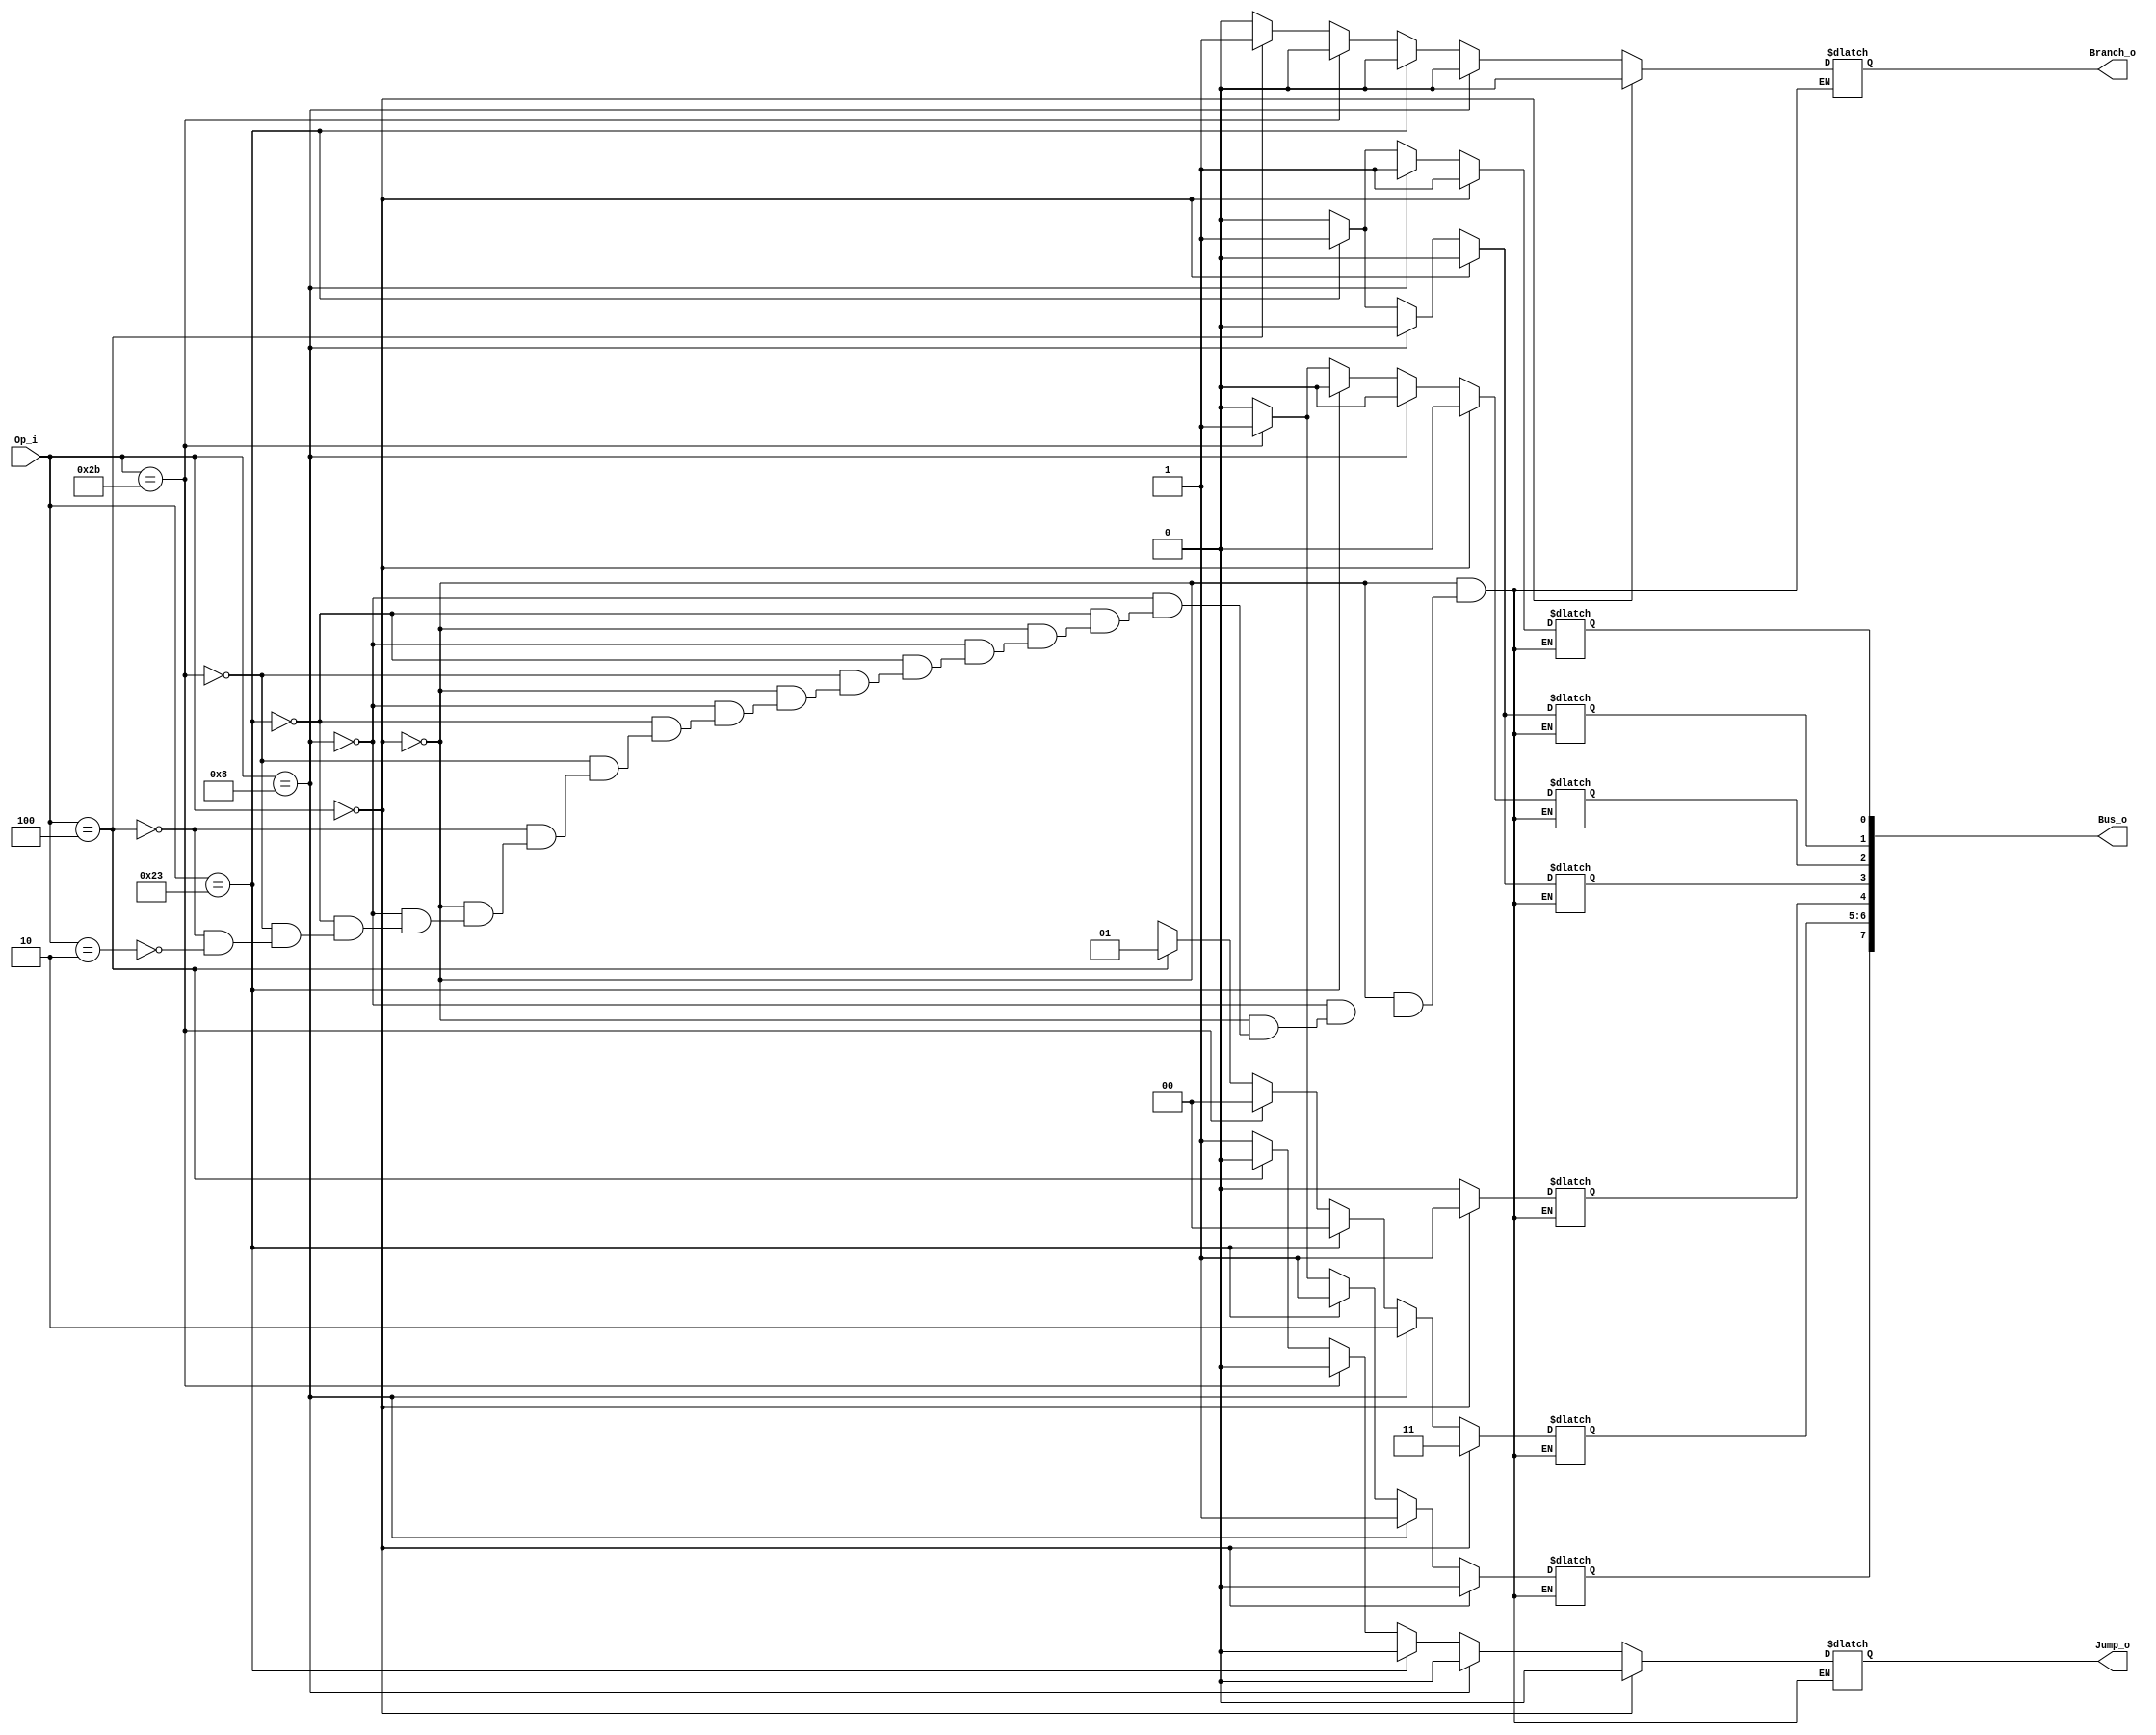
module Control (
    Op_i,
    Branch_o,
    Jump_o,
    Bus_o
);

input	  wire  [5:0] Op_i;
output  wire  [7:0] Bus_o;
        reg         RegDst_o; 
        reg         ALUSrc_o;
        reg         MemtoReg_o;
        reg         RegWrite_o;
        reg         MemWrite_o;
        reg         MemRead_o;
output  reg         Branch_o;
output  reg         Jump_o;
        reg         ExtOp_o;
        reg   [1:0] ALUOp_o;

parameter X = 0;
initial begin
  Branch_o = 0;
  Jump_o = 0;
end

always@(*) begin
  if(Op_i==6'b000000) begin   // R-type
    RegDst_o = 1;
    ALUSrc_o = 0;
    MemtoReg_o = 0;
    RegWrite_o = 1;
    MemWrite_o = 0;
    MemRead_o = 0;
    Branch_o = 0;
    Jump_o = 0;
    ExtOp_o = X;
    ALUOp_o = 2'b11; 
  end
  else if(Op_i==6'b001000) begin   // andi
    RegDst_o = 0;
    ALUSrc_o = 1;
    MemtoReg_o = 0;
    RegWrite_o = 1;
    MemWrite_o = 0;
    Branch_o = 0;
    MemRead_o = 0;
    Jump_o = 0;
    ExtOp_o = 0;
    ALUOp_o = 2'b10; 
  end
  /*else if(Op_i==6'b001101) begin   // ori
    RegDst_o = 0;
    ALUSrc_o = 1;
    MemtoReg_o = 0;
    RegWrite_o = 1;
    MemWrite_o = 0;
    Branch_o = 0;
    MemRead_o = 0;
    Jump_o = 0;
    ExtOp_o = 0;
    ALUOp_o = 2'b10; 
  end*/
  else if(Op_i==6'b100011) begin   // lw
    RegDst_o = 0;
    ALUSrc_o = 1;
    MemtoReg_o = 1;
    RegWrite_o = 1;
    MemWrite_o = 0;
    MemRead_o = 1;
    Branch_o = 0;
    Jump_o = 0;
    ExtOp_o = 1;
    ALUOp_o = 2'b00; 
  end
  else if(Op_i==6'b101011) begin   // sw
    RegDst_o = X;
    ALUSrc_o = 1;
    MemtoReg_o = X;
    RegWrite_o = 0;
    MemWrite_o = 1;
    MemRead_o = 0;
    Branch_o = 0;
    Jump_o = 0;
    ExtOp_o = 1;
    ALUOp_o = 2'b00; 
  end
  else if(Op_i==6'b000100) begin   // beq
    RegDst_o = X;
    ALUSrc_o = 0;
    MemtoReg_o = X;
    RegWrite_o = 0;
    MemWrite_o = 0;
    MemRead_o = 0;
    Branch_o = 1;
    Jump_o = 0;
    ExtOp_o = X;
    ALUOp_o = 2'b01; 
  end
  else if(Op_i==6'b000010) begin   // jump
    RegDst_o = X;
    ALUSrc_o = X;
    MemtoReg_o = X;
    RegWrite_o = 0;
    MemWrite_o = 0;
    MemRead_o = 0;
    Branch_o = 0;
    Jump_o = 1;
    ExtOp_o = X;
    ALUOp_o = 2'bXX; 
  end
end

assign Bus_o[7:0] = {ALUSrc_o, ALUOp_o[1:0], RegDst_o, MemRead_o, MemWrite_o, MemtoReg_o, RegWrite_o}; 
endmodule